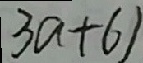
3 a + 6 )